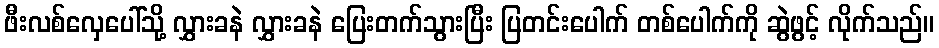
ဖီးလစ်လှေပေါ်သို့ လွှားခနဲ လွှားခနဲ ပြေးတက်သွားပြီး ပြတင်းပေါက် တစ်ပေါက်ကို ဆွဲဖွင့် လိုက်သည်။